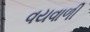
વયવાળી